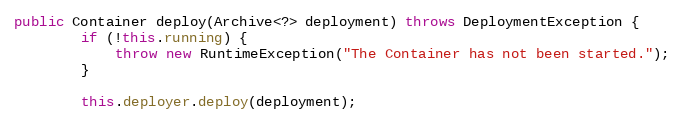
Language: Java
public Container deploy(Archive<?> deployment) throws DeploymentException {
        if (!this.running) {
            throw new RuntimeException("The Container has not been started.");
        }

        this.deployer.deploy(deployment);